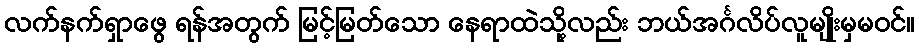
လက်နက်ရှာဖွေ ရန်အတွက် မြင့်မြတ်သော နေရာထဲသို့လည်း ဘယ်အင်္ဂလိပ်လူမျိုးမှမဝင်။